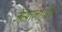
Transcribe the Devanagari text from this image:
जेत्याला॥१॥